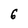
Character: 6